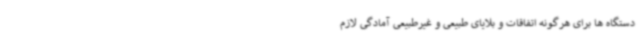
دستگاه ها برای هرگونه اتفاقات و بلایای طبیعی و غیرطبیعی آمادگی لازم